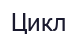
Цикл